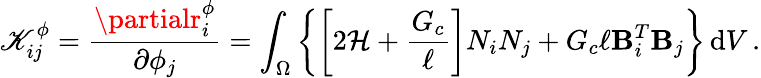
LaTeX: \mathscr{K}_{ij}^{\phi}=\frac{{\partialr_{i}^{\phi}}}{{\partial\phi_{j}}}=\int_{\Omega}\left\{ \left[2\mathcal{{H}}+\frac{{G_{c}}}{{\ell}}\right]N_{i}N_{j}+G_{c}\ell\mathbf{{B}}_{i}^{T}\mathbf{{B}}_{j}\right\} \, \mathrm{{d}}V\, .